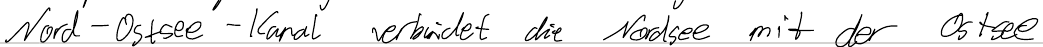
Nord-Ostsee-Kanal verbindet die Nordsee mit der Ostsee